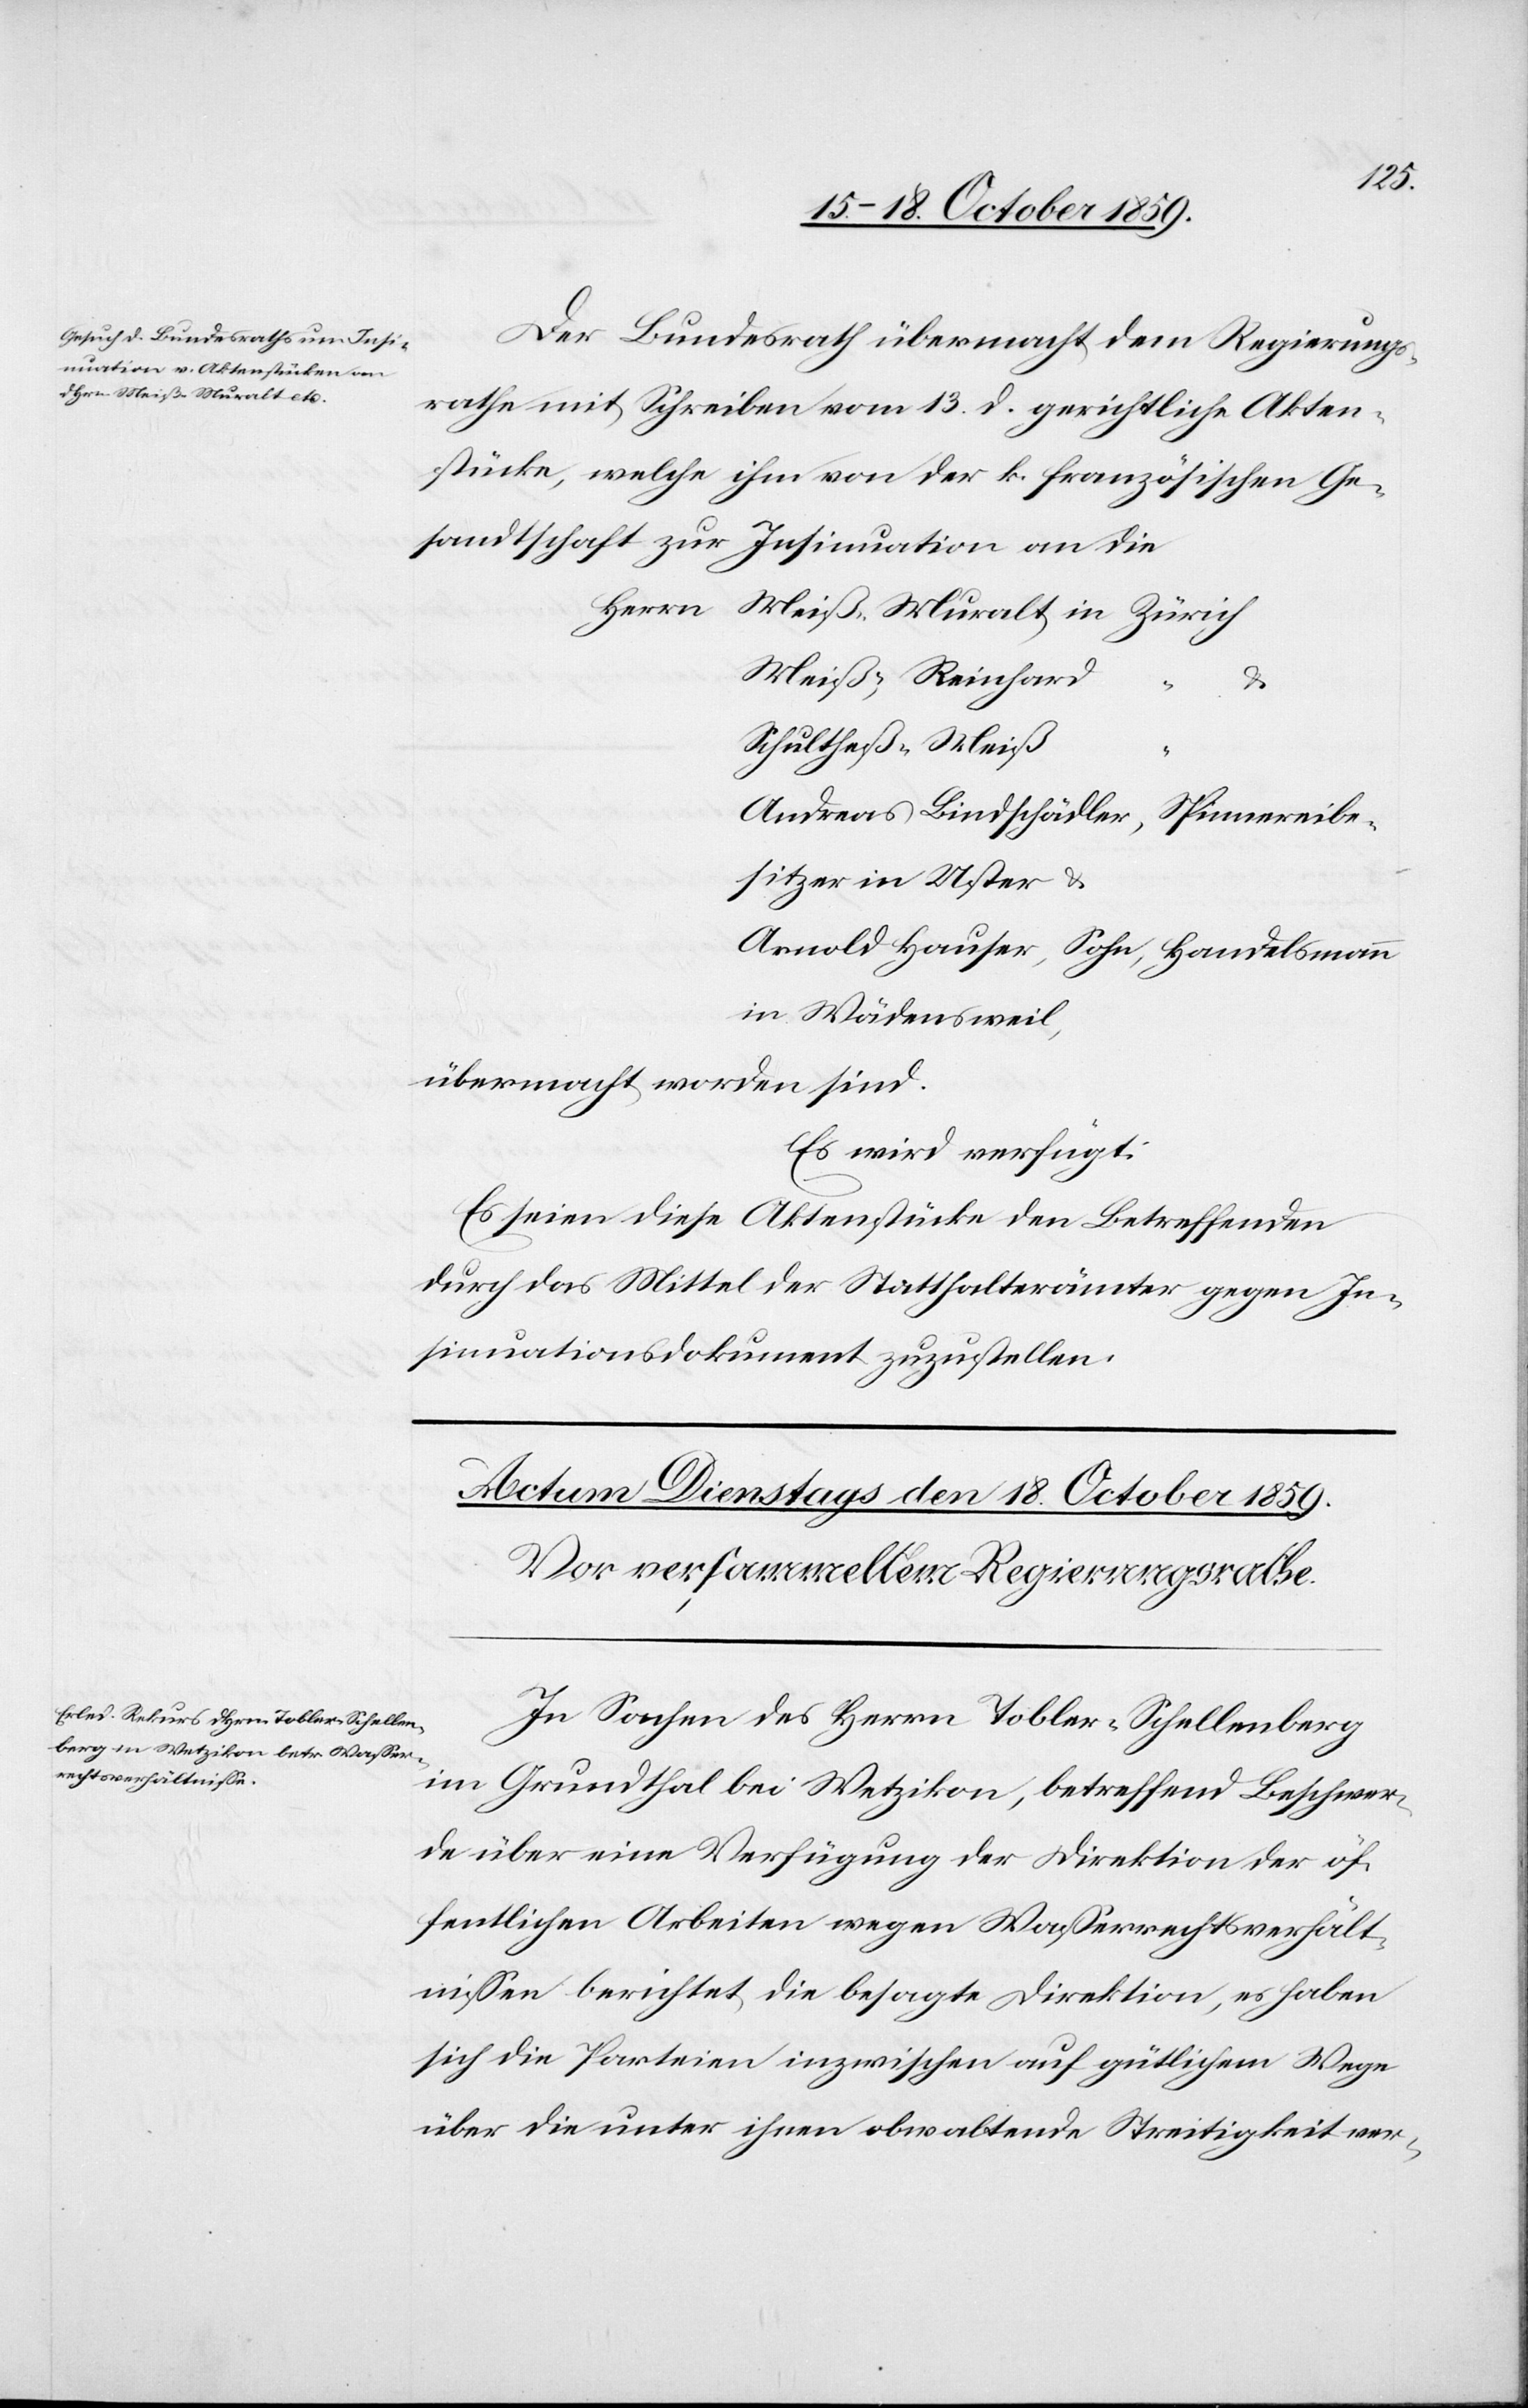
eibe¬
den 17. October 1859.]
Der Bundesrath übermacht dem Regierungs¬
rathe mit Schreiben vom 12. d. gerichtliche Akten¬
stücke, welche ihm von der k. französischen Ge¬
sandtschaft zur Insinuation an die
Meiß-Reinhard
Schultheß-Meiß
sitzer in Uster &
in Wädensweil,
übermacht worden sind.
Es wird verfügt:
Es seien diese Aktenstücke den Betreffenden
durch das Mittel der Statthalterämter gegen In¬
sinuationsdokument zuzustellen.
In Sachen des Herrn Tobler-Schellenberg
im Grundthal bei Wetzikon, betreffend Beschwer¬
de über eine Verfügung der Direktion der öf¬
fentlichen Arbeiten wegen Wasserrechtsverhält¬
nissen berichtete die besagte Direktion, es haben
sich die Parteien inzwischen auf gütlichem Wege
über die unter ihnen obwaltende Streitigkeit ver-